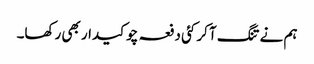
ہم نے تنگ آ کر کئی دفعہ چوکیدار بھی رکھا۔